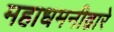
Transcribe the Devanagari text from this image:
महाधमनीद्वारे